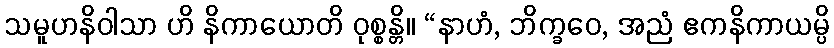
သမူဟနိဝါသာ ဟိ နိကာယောတိ ဝုစ္စန္တိ။ “နာဟံ, ဘိက္ခဝေ, အညံ ဧကနိကာယမ္ပိ